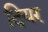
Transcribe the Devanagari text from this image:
दियर